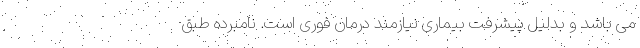
می باشد و بدلیل پیشرفت بیماری نیازمند درمان فوری است. نامبرده طبق